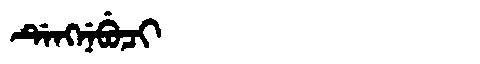
Manchu: ᡩᡝᠩᠨᡝᠪᡠᠴᡳ
Romanization: DENGNEBUCI